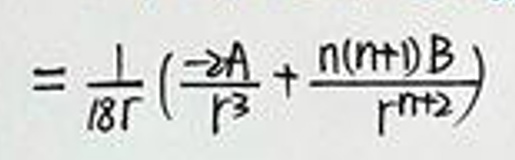
\(= \frac{1}{18r} ( \frac{-2A}{r^3} + \frac{n(n+1)B}{r^{n+2}} )\)